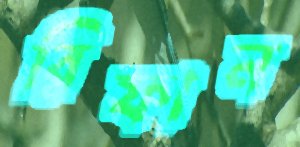
রিফান